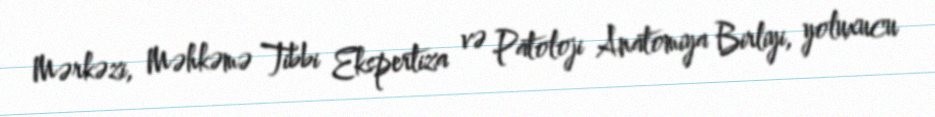
Mərkəzi, Məhkəmə Tibbi Ekspertiza və Patoloji Anatomiya Birliyi, yoluxucu